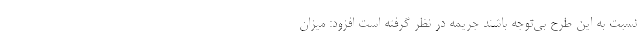
نسبت به این طرح بی‌توجه باشند جریمه در نظر گرفته است افزود: میزان